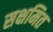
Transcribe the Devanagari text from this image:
सक्षमित